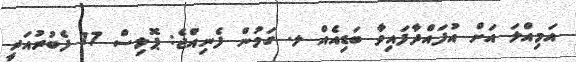
އަމިއްލަ އަށް އުފައްދާފައިވާ ބަޑިއެއް ލ. ގަމުން ފެނިއްޖެ: ޕޮލިސް 17 ފެބުރުއަރީ